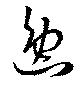
逸